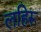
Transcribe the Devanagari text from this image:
लहिरू